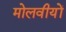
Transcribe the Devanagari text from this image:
मोलवीयों